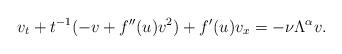
LaTeX: \begin{align*} v_t+t^{-1}(-v+f''(u) v^2)+f'(u)v_x=-\nu \Lambda^{\alpha} v.\end{align*}